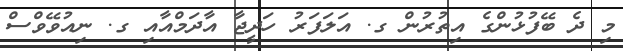
މި ދެ ބޭފުޅުންގެ އިތުރުން ގ. އަލަފަރު ހަދީޖާ އާދަމްއާއި ގ. ނިއުވޭވްސް